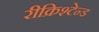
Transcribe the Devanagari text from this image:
रीक्रिश्टेन्ड